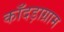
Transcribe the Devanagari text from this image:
काँदड़ाग्राम